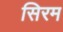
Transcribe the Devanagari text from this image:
सिरम